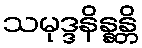
သမုဒ္ဒနိန္နန္တိ